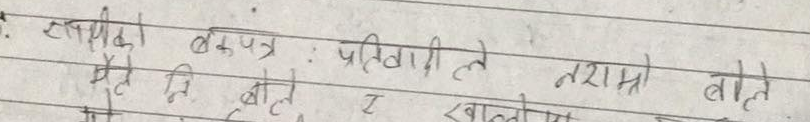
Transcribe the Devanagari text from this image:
संपर्का बैंकपत्र : प्रतिवादी ले तरांमा बोते